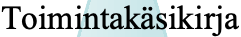
Toimintakäsikirja